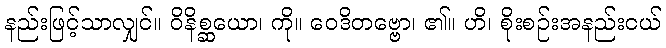
နည်းဖြင့်သာလျှင်။ ဝိနိစ္ဆယော၊ ကို။ ဝေဒိတဗ္ဗော၊ ၏။ ဟိ၊ စိုးစဉ်းအနည်းငယ်